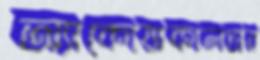
অ্যাকোয়াকালচার